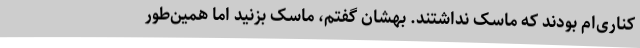
کناری‌ام بودند که ماسک نداشتند. بهشان گفتم، ماسک بزنید اما همین‌طور